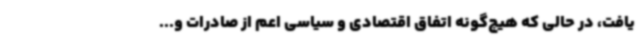
یافت، در حالی ‌که هیچ‌گونه اتفاق اقتصادی و سیاسی اعم از صادرات و...